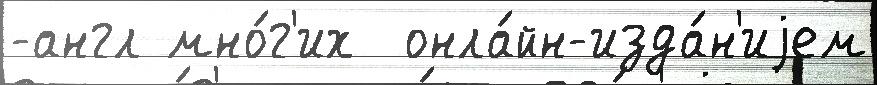
-англ мно́г'их  онла́йн-изда́н'иjем